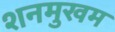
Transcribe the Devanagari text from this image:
शनमुखम